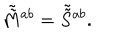
\tilde { \tilde { M } } { } ^ { a b } = \tilde { \tilde { S } } { } ^ { a b } .